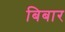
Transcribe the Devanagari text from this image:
बिबार